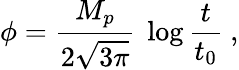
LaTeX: \phi={\frac{M_{p}}{2\sqrt{3\pi}}}~\log{\frac{t}{t_{0}}}\ ,